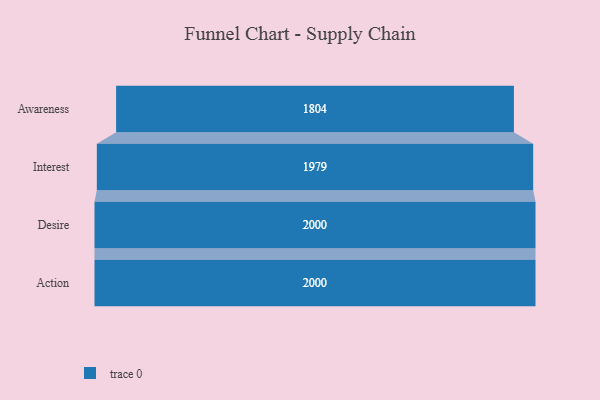
{"axis": {"x": "Stage", "y": "Value"}, "legend": [""], "data": [{"x": "Awareness", "y": 1804.0, "type": ""}, {"x": "Interest", "y": 1979.0, "type": ""}, {"x": "Desire", "y": 2000, "type": ""}, {"x": "Action", "y": 2000, "type": ""}]}